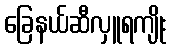
ခြေနယ်ဆီလှူရကျိုး